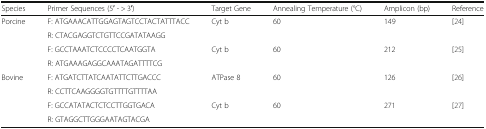
| Species | Primer Sequences (5′ - > 3′) | Target Gene | Annealing Temperature (°C) | Amplicon (bp) | Reference |
 | --- | --- | --- | --- | --- | --- |
 | <ROWSPAN=4> Porcine | F: ATGAAACATTGGAGTAGTCCTACTATTTACC | <ROWSPAN=2> Cyt b | <ROWSPAN=2> 60 | <ROWSPAN=2> 149 | <ROWSPAN=2> [24] |
 | R: CTACGAGGTCTGTTCCGATATAAGG |
 | F: GCCTAAATCTCCCCTCAATGGTA | <ROWSPAN=2> Cyt b | <ROWSPAN=2> 60 | <ROWSPAN=2> 212 | <ROWSPAN=2> [25] |
 | R: ATGAAAGAGGCAAATAGATTTTCG |
 | <ROWSPAN=4> Bovine | F: ATGATCTTATCAATATTCTTGACCC | <ROWSPAN=2> ATPase 8 | <ROWSPAN=2> 60 | <ROWSPAN=2> 126 | <ROWSPAN=2> [26] |
 | R: CCTTCAAGGGGTGTTTTGTTTTAA |
 | F: GCCATATACTCTCCTTGGTGACA | <ROWSPAN=2> Cyt b | <ROWSPAN=2> 60 | <ROWSPAN=2> 271 | <ROWSPAN=2> [27] |
 | R: GTAGGCTTGGGAATAGTACGA |